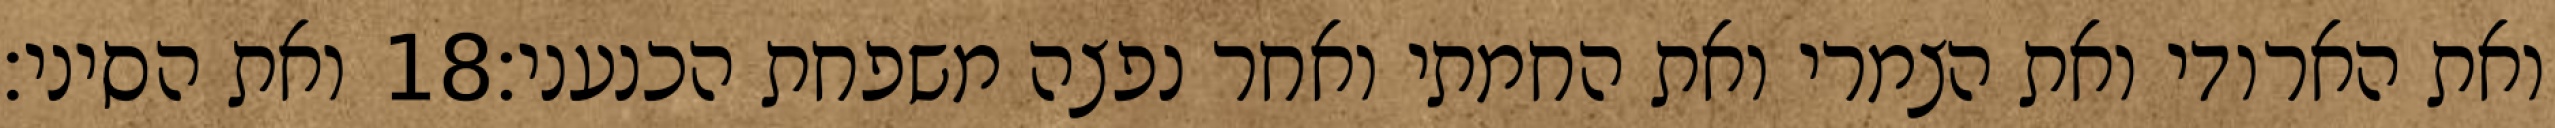
ואת הסיני׃ ‎18‏ ואת הארודי ואת הצמרי ואת החמתי ואחר נפצה משפחת הכנעני׃